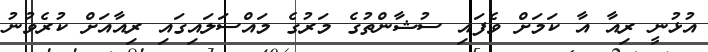
އުޅުނީ ރިއާ އާ ކަމަށް ވެފައި ސުޝާންތުގެ މަރުގެ މައްސަލައިގައި ރިއާއަށް ކުރެވުނު